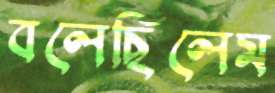
বলেছিলেম